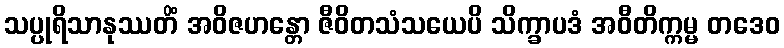
သပ္ပုရိသာနုဿတိံ အဝိဇဟန္တော ဇီဝိတသံသယေပိ သိက္ခာပဒံ အဝီတိက္ကမ္မ တဒေဝ